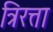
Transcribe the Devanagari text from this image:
त्रिरत्ता